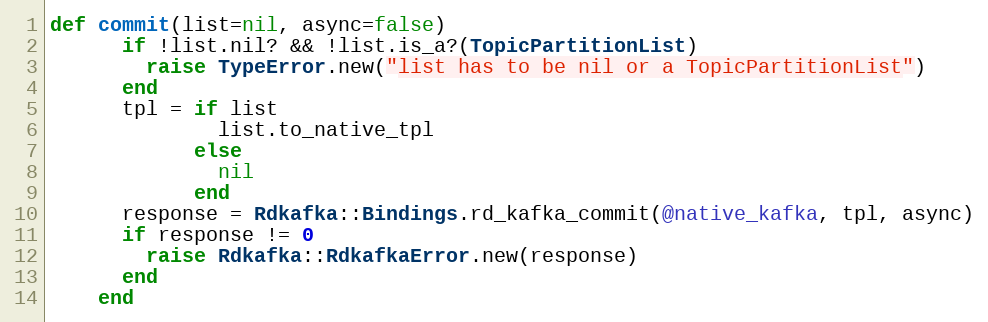
Language: Ruby
def commit(list=nil, async=false)
      if !list.nil? && !list.is_a?(TopicPartitionList)
        raise TypeError.new("list has to be nil or a TopicPartitionList")
      end
      tpl = if list
              list.to_native_tpl
            else
              nil
            end
      response = Rdkafka::Bindings.rd_kafka_commit(@native_kafka, tpl, async)
      if response != 0
        raise Rdkafka::RdkafkaError.new(response)
      end
    end